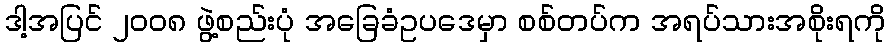
ဒါ့အပြင် ၂၀၀၈ ဖွဲ့စည်းပုံ အခြေခံဥပဒေမှာ စစ်တပ်က အရပ်သားအစိုးရကို